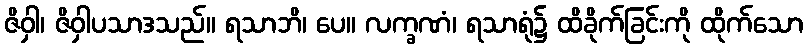
ဇိဝှါ၊ ဇိဝှါပသာဒသည်။ ရသာဘိ၊ ပေ။ လက္ခဏံ၊ ရသာရုံ၌ ထိခိုက်ခြင်းကို ထိုက်သော